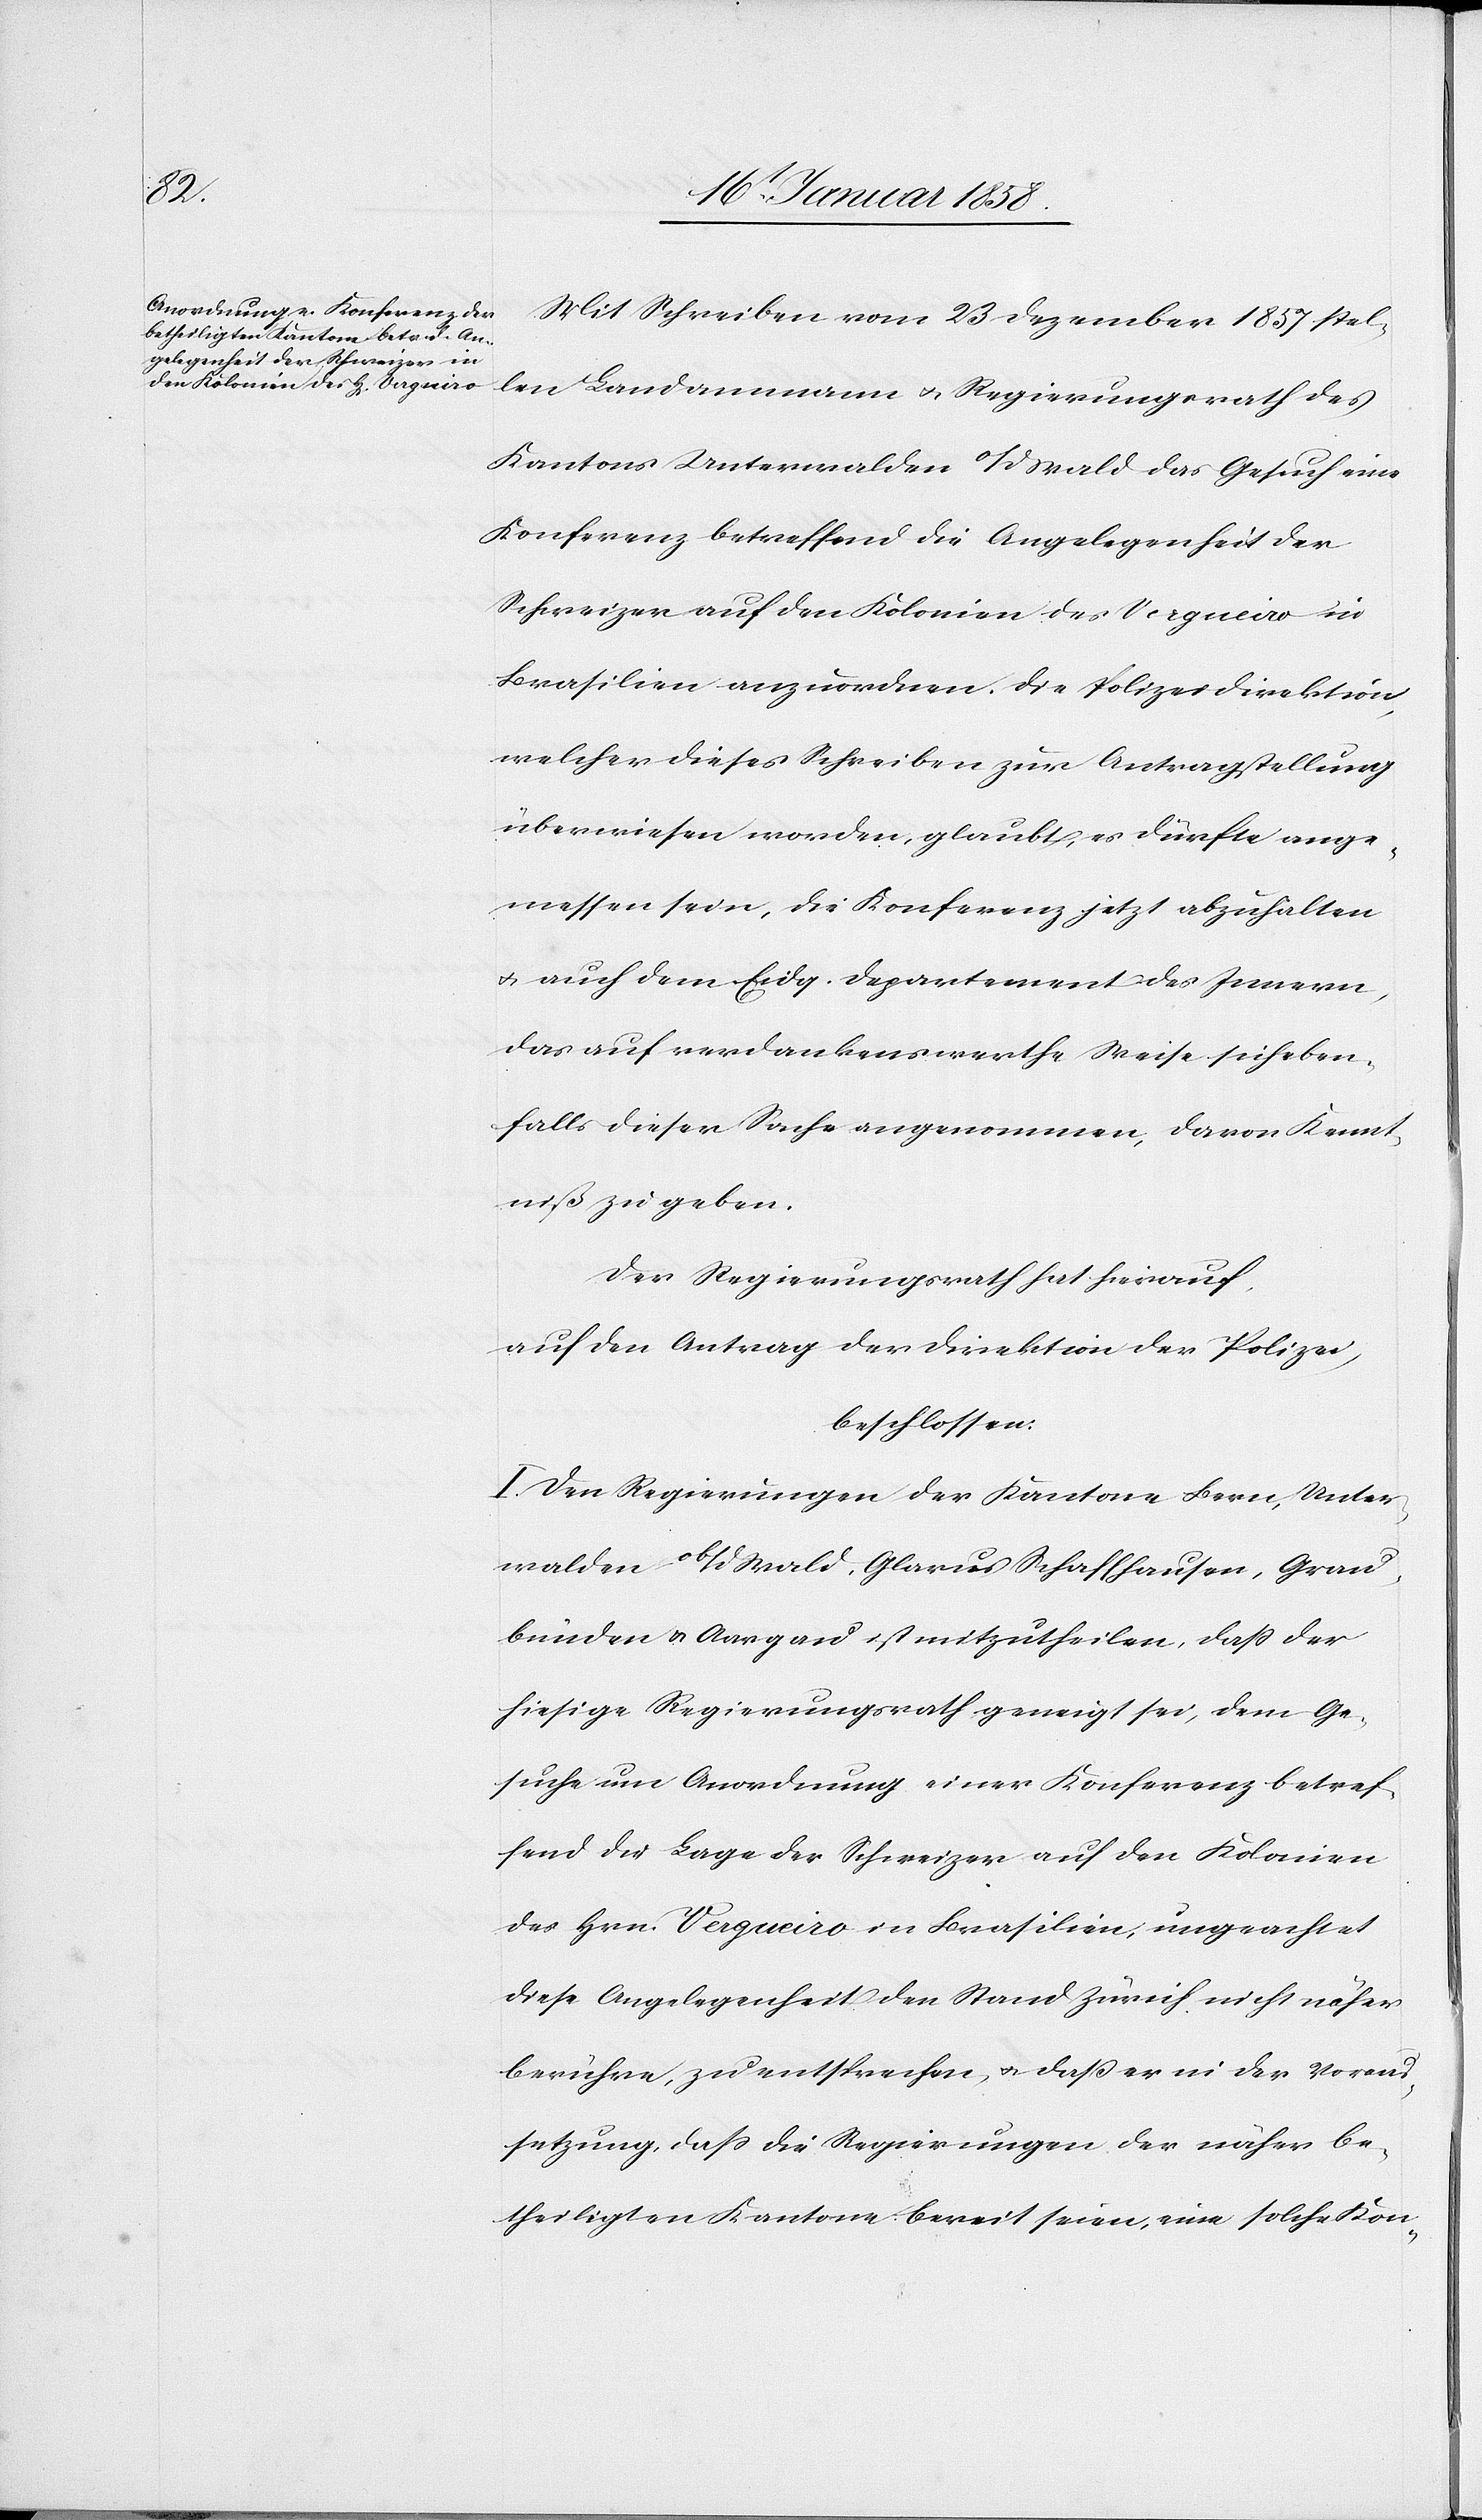
Mit Schreiben vom 23 Dezember 1857 stel¬
len Landammann u. Regierungsrath des
Kantons Unterwalden o/d Wald das Gesuch eine
Konferenz betreffend die Angelegenheit der
Schweizer auf den Kolonien des Vergueiro in
Brasilien anzuordnen. Die Polizeidirektion,
welcher dieses Schreiben zur Antragstellung
überwiesen worden, glaubt, es dürfte ange¬
messen sein, die Konferenz jetzt abzuhalten
u. auch dem Eidg. Departement des Innern,
das auf verdankenswerthe Weise sich eben¬
falls dieser Sache angenommen, davon Kennt¬
niß zu geben.
Der Regierungsrath hat hierauf,
auf den Antrag der Direktion der Polizei,
beschlossen:
I. Den Regierungen der Kantone Bern, Unter¬
walden ob/d Wald, Glarus, Schaffhausen, Grau¬
bünden u. Aargau ist mitzutheilen, daß der
hiesige Regierungsrath geneigt sei, dem Ge¬
suche um Anordnung einer Konferenz betref¬
fend die Lage der Schweizer auf den Kolonien
des Hrn. Vergueiro in Brasilien, ungeachtet
diese Angelegenheit den Stand Zürich nicht näher
berühre, zu entsprechen, u. daß er in der Voraus¬
setzung, daß die Regierungen der näher be¬
theiligten Kantone bereit seien, eine solche Kon-